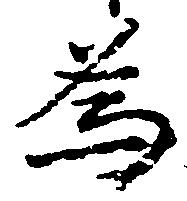
為